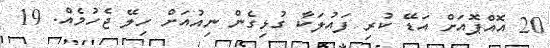
20 އޮއްޕޮއަށް އަޑޭ ކުރި ފައުލަކާ ގުޅިގެން ނިއުއަށް ހިލޭ ޖެހުމެއް. 19